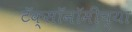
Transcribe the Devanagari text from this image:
टॅक्सॉनॉमीच्या